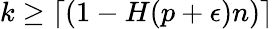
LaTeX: k\geq\lceil(1-H(p+\epsilon)n)\rceil